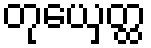
တုယှေတ္ထ